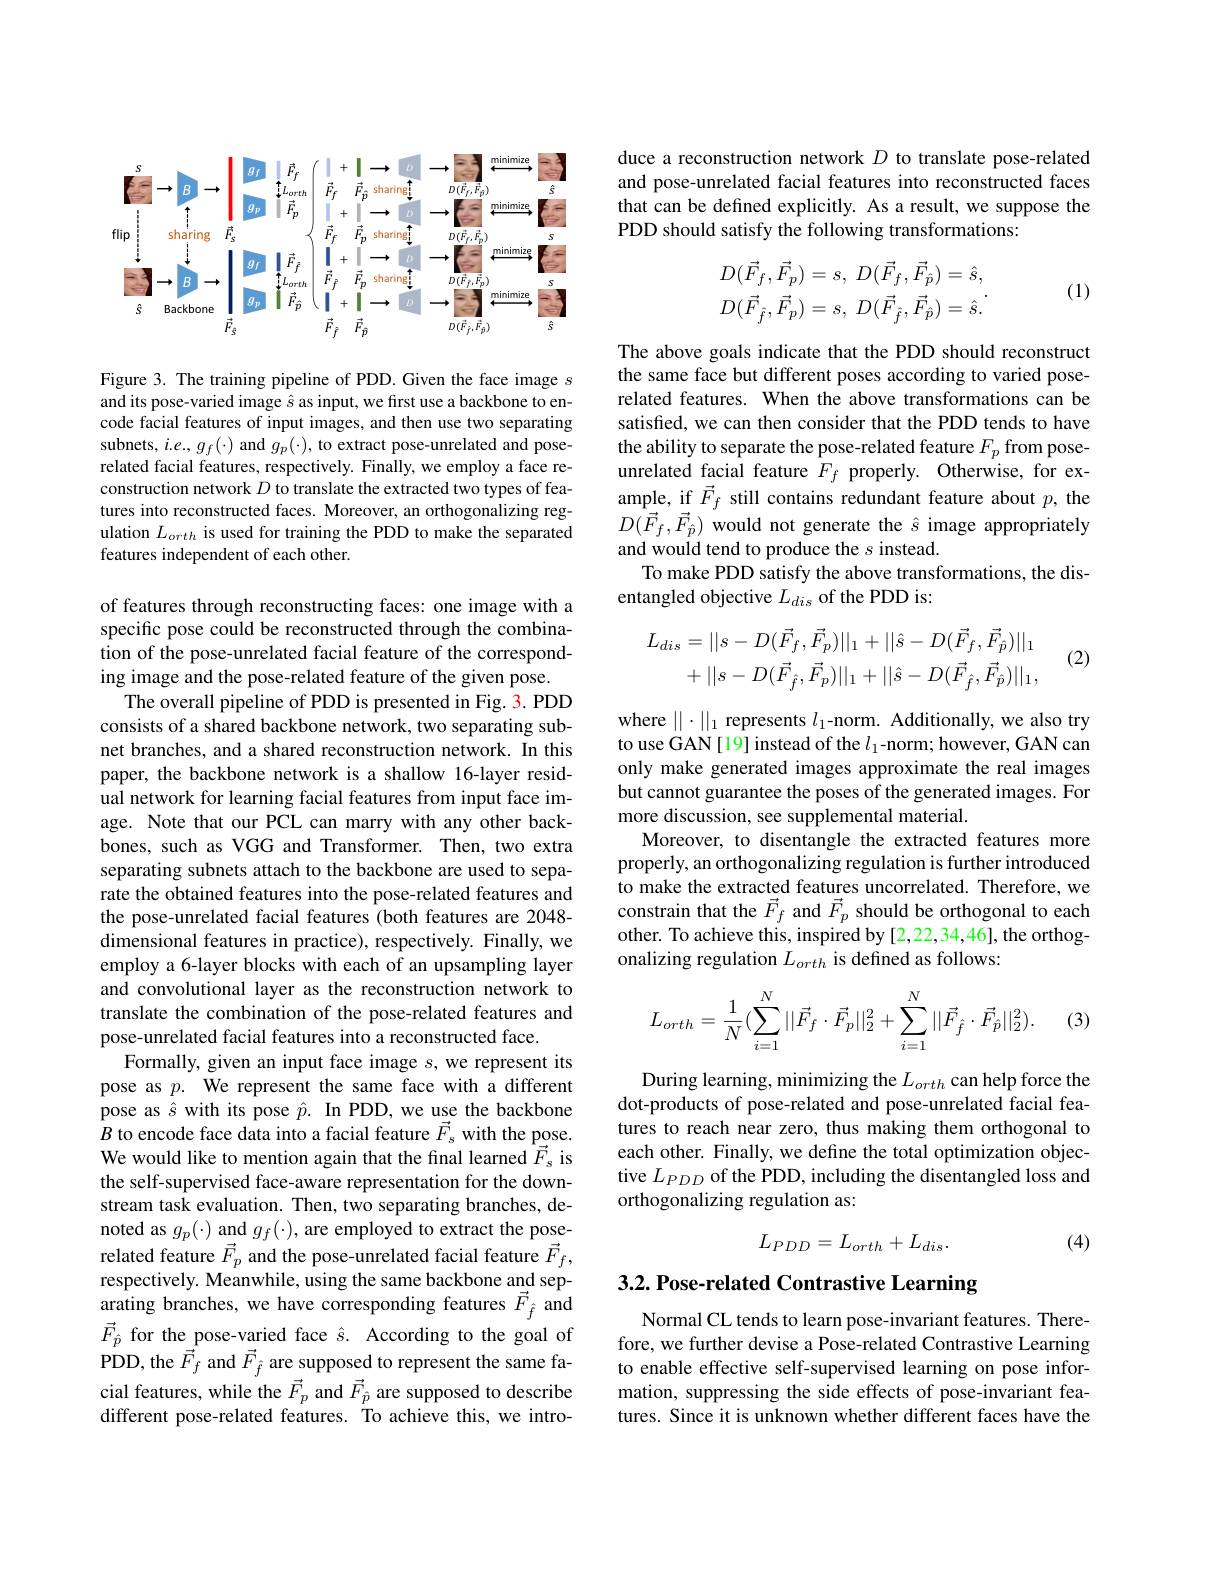
<FigureHere>

Figure 3. The training pipeline of PDD. Given the face image $s$ and its pose-varied image $\hat{s}$ as input, we first use a backbone to encode facial features of input images, and then use two separating subnets, $i.e.,g_{f}(\cdot)$ and $g_p(\cdot)$, to extract pose-unrelated and poserelated facial features, respectively. Finally, we employ a face reconstruction network $D$ to translate the extracted two types of features into reconstructed faces. Moreover, an orthogonalizing regulation $L_{orth}$ is used for training the PDD to make the separated features independent of each other.

of features through reconstructing faces: one image with a specific pose could be reconstructed through the combination of the pose-unrelated facial feature of the corresponding image and the pose-related feature of the given pose.
The overall pipeline of PDD is presented in Fig. 3. PDD consists of a shared backbone network, two separating subnet branches, and a shared reconstruction network. In this paper, the backbone network is a shallow 16-layer residual network for learning facial features from input face image. Note that our PCL can marry with any other backbones, such as VGG and Transformer. Then, two extra separating subnets attach to the backbone are used to separate the obtained features into the pose-related features and the pose-unrelated facial features (both features are 2048- dimensional features in practice), respectively. Finally, we employ a 6-layer blocks with each of an upsampling layer and convolutional layer as the reconstruction network to translate the combination of the pose-related features and pose-unrelated facial features into a reconstructed face.
Formally, given an input face image $s$, we represent its pose as $p.$ We represent the same face with a different pose as $\hat{s}$ with its pose $\hat{p}.$ In PDD, we use the backbone $\hat{B}$ to encode face data into a facial feature $\vec{F}_s$ with the pose. We would like to mention again that the final learned $\vec{F}_{s}$ is the self-supervised face-aware representation for the downstream task evaluation. Then, two separating branches, denoted as $g_p(\cdot)$ and $g_f(\cdot)$, are employed to extract the poserelated feature $\vec{F}_{p}$ and the pose-unrelated facial feature $\vec{F}_{f}$, respectively. Meanwhile, using the same backbone and sep- $\underset{\to}{\operatorname*{\operatorname*{arating}}}$branches, we have corresponding features $\vec{F}_{\hat{f}}$ and $\vec{F}_{\hat{p}}$ for the pose-varied face $\hat{s}.$ According to the goal of PDD, the $\vec{F}_{f}$ and $\vec{F}_{\hat{f}}$ are supposed to represent the same facial features, while the $\vec{F}_p$ and $\vec{F}_{\hat{p}}$ are supposed to describe different pose-related features. To achieve this, we intro-

duce a reconstruction network $D$ to translate pose-related and pose-unrelated facial features into reconstructed faces that can be defined explicitly. As a result, we suppose the PDD should satisfy the following transformations:
$$\begin{aligned}D(\vec F_f,\vec F_p)&=s,\:D(\vec F_f,\vec F_{\hat p})=\hat s,\\D(\vec F_{\hat f},\vec F_p)&=s,\:D(\vec F_{\hat f},\vec F_{\hat p})=\hat s.\end{aligned}.$$
(1)

The above goals indicate that the PDD should reconstruct the same face but different poses according to varied poserelated features. When the above transformations can be satisfied, we can then consider that the PDD tends to have the ability to separate the pose-related feature $F_p$ from poseunrelated facial feature $F_f$ properly. Otherwise, for example, if $\vec{F}_f$ still contains redundant feature about $p$, the $D(\vec{F}_{f},\vec{F}_{\hat{p}})$ would not generate the $\hat{s}$ image appropriately and would tend to produce the $s$ instead.
To make PDD satisfy the above transformations, the dis-
entangled objective $L_{dis}$ of the PDD is:
$$L_{dis}=||s-D(\vec{F}_{f},\vec{F}_{p})||_{1}+||\hat{s}-D(\vec{F}_{f},\vec{F}_{\hat{p}})||_{1}\\+||s-D(\vec{F}_{\hat{f}},\vec{F}_{p})||_{1}+||\hat{s}-D(\vec{F}_{\hat{f}},\vec{F}_{\hat{p}})||_{1},$$
(2)

where $||\cdot||_1$ represents $l_1$-norm. Additionally, we also try to use GAN[19] instead of the $l_1$-norm; however, GAN can only make generated images approximate the real images but cannot guarantee the poses of the generated images. For more discussion, see supplemental material.
Moreover, to disentangle the extracted features more properly, an orthogonalizing regulation is further introduced to make the extracted features uncorrelated. Therefore, we constrain that the $\vec{F}_f$ and $\vec{F}_p$ should be orthogonal to each other. To achieve this, inspired by [2,22,34,46], the orthogonalizing regulation $L_orth$ is defined as follows:
$$L_{orth}=\frac{1}{N}(\sum_{i=1}^{N}||\vec{F}_{f}\cdot\vec{F}_{p}||_{2}^{2}+\sum_{i=1}^{N}||\vec{F}_{\hat{f}}\cdot\vec{F}_{\hat{p}}||_{2}^{2}).$$
(3)

During learning, minimizing the $L_orth$ can help force the dot-products of pose-related and pose-unrelated facial features to reach near zero, thus making them orthogonal to each other. Finally, we define the total optimization objective $L_PDD$ of the PDD, including the disentangled loss and orthogonalizing regulation as:
$$L_{PDD}=L_{orth}+L_{dis}.$$
(4)

## 3.2. Pose-related Contrastive Learning

Normal CL tends to learn pose-invariant features. Therefore, we further devise a Pose-related Contrastive Learning to enable effective self-supervised learning on pose information, suppressing the side effects of pose-invariant features. Since it is unknown whether different faces have the